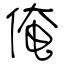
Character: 俺